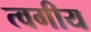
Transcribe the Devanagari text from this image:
त्वगीय